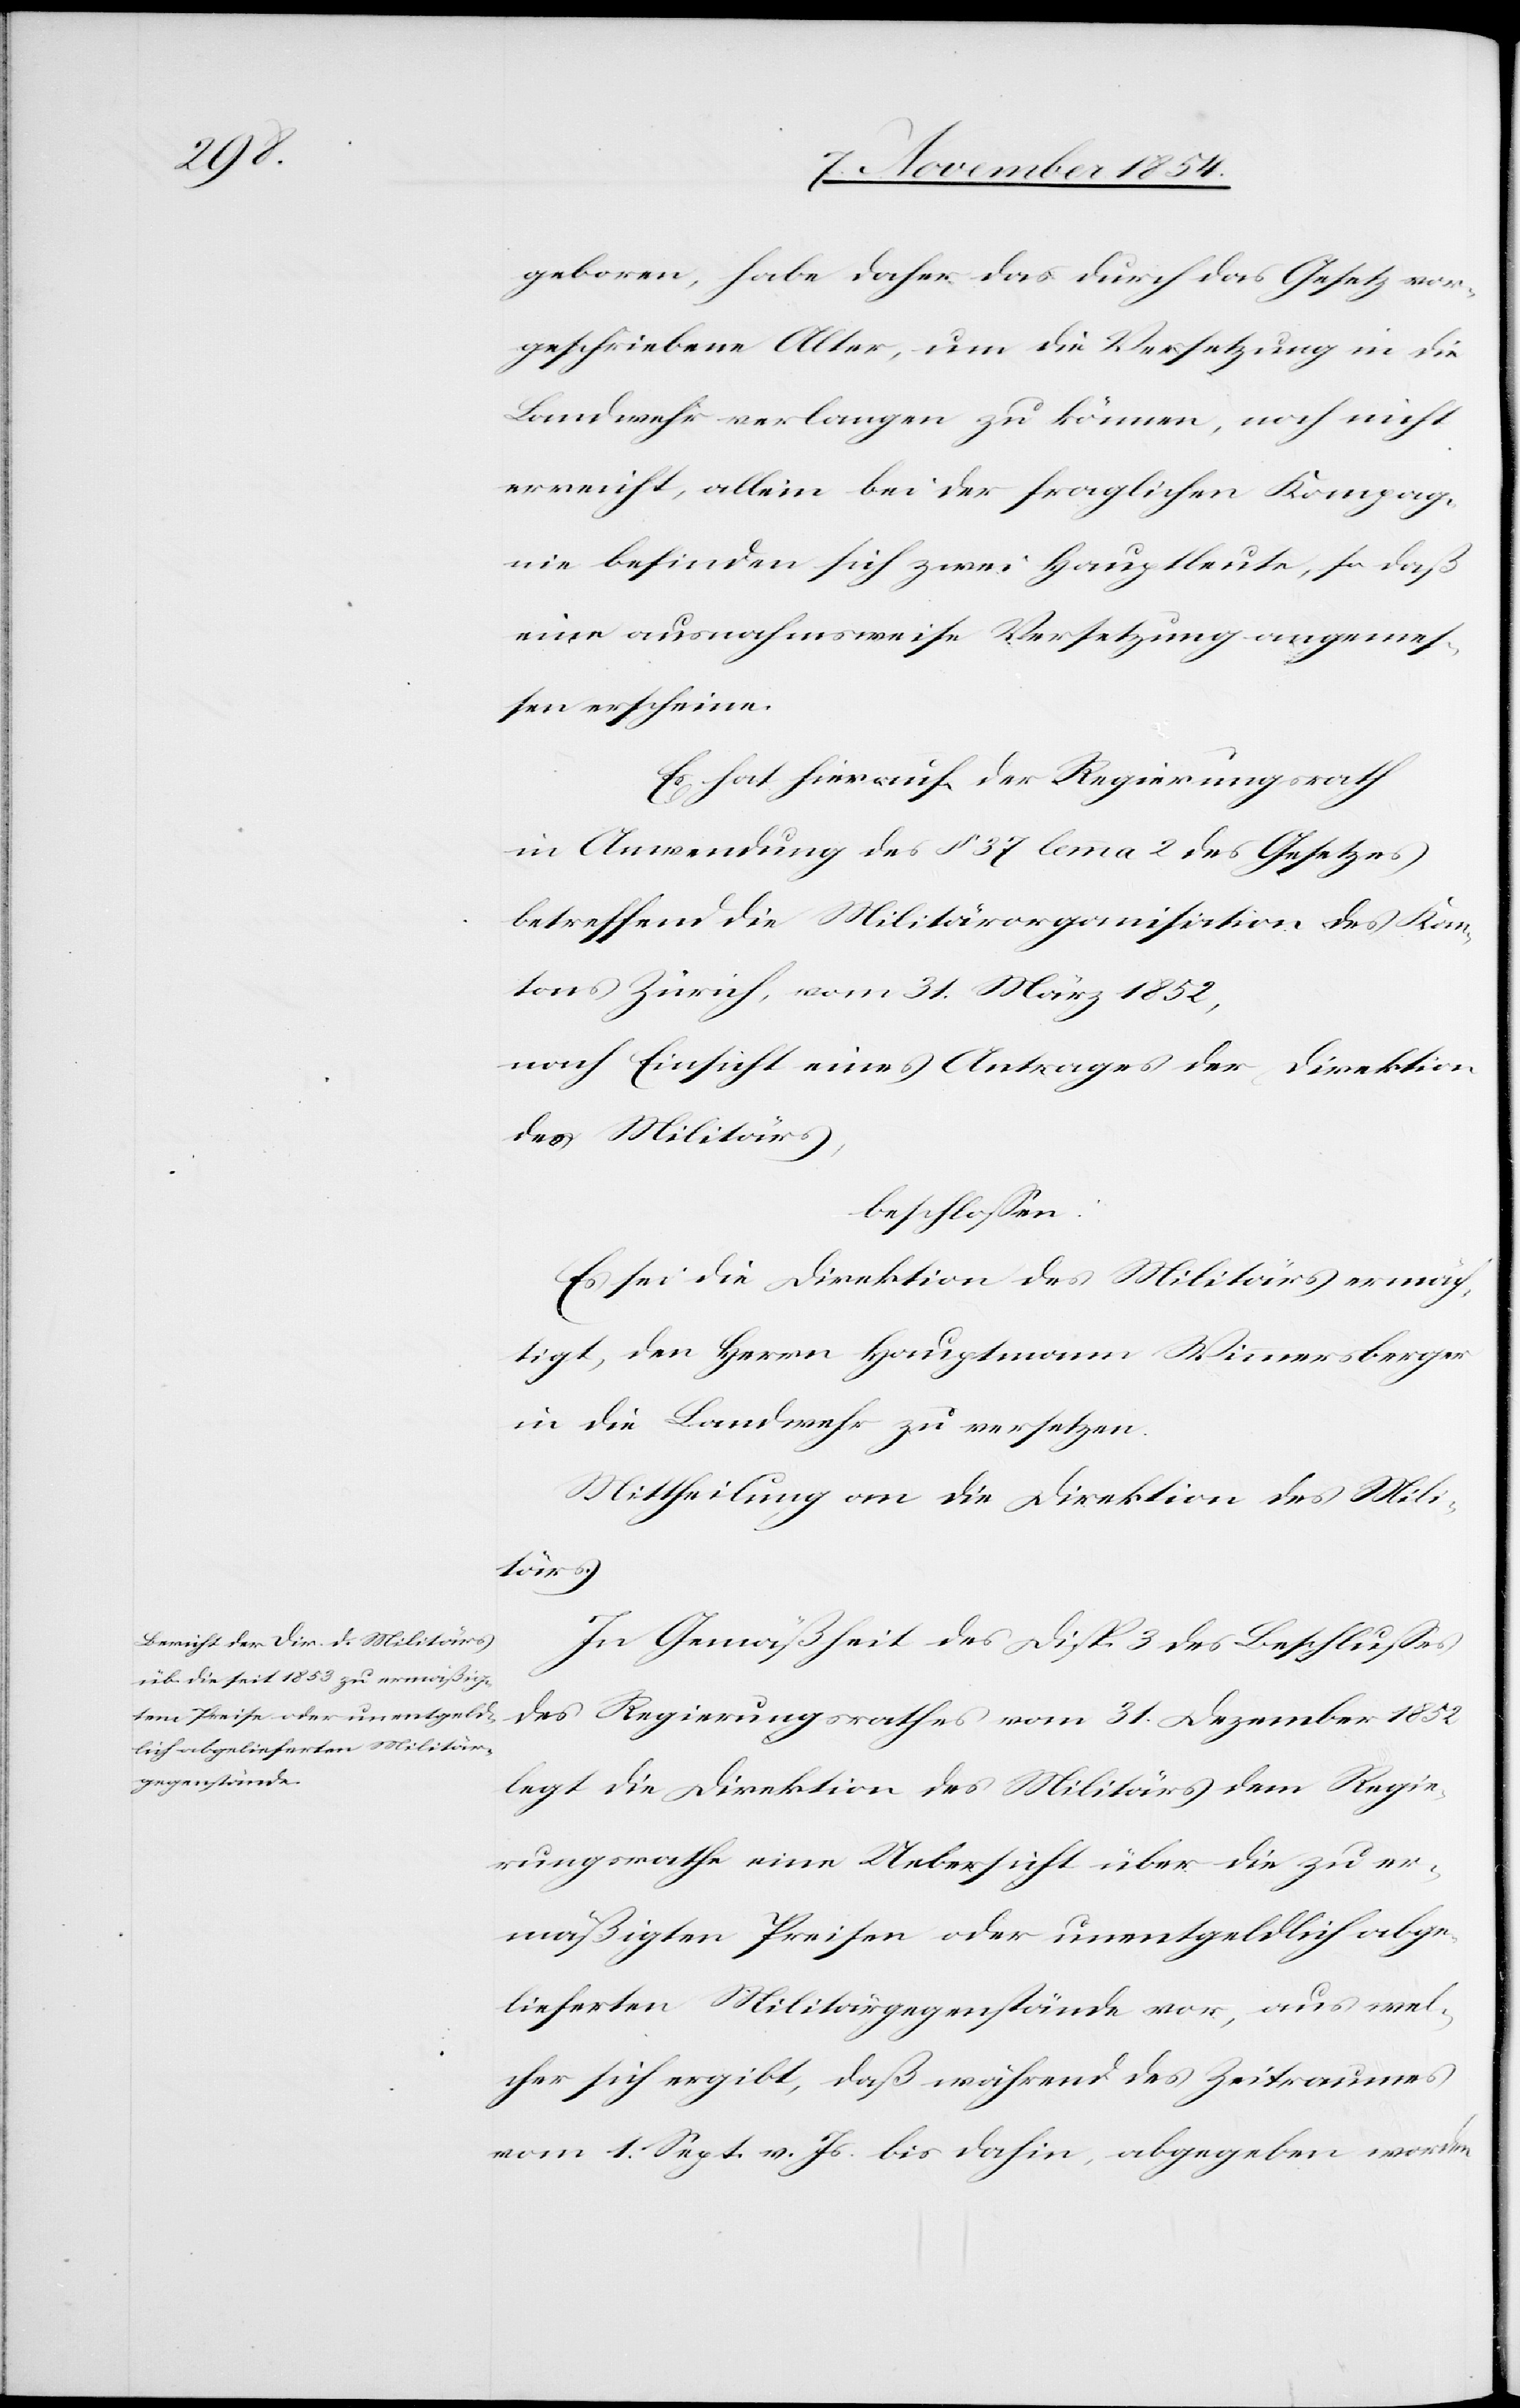
geboren, habe daher das durch das Gesetz vor¬
geschriebene Alter, um die Versetzung in die
Landwehr verlangen zu können, noch nicht
erreicht, allein bei der fraglichen Kompag¬
nie befinden sich zwei Hauptleute, so daß
eine ausnahmsweise Versetzung angemeß¬
en erscheine.
Es hat hierauf der Regierungsrath
in Anwendung des § 37 lemma 2 des Gesetzes
betreffend die Militärorganisation des Kan¬
tons Zürich, vom 31. März 1852,
nach Einsicht eines Antrages der Direktion
des Militärs,
beschloßen:
Es sei die Direktion des Militärs ermäch¬
tigt, den Herrn Hauptmann Wimmersberger
in die Landwehr zu versetzen.
Mittheilung an die Direktion des Mili¬
tärs.
In Gemäßheit des Disp. 3 des Beschlußes
des Regierungsrathes vom 31. Dezember 1852
legt die Direktion des Militärs dem Regie¬
rungsrathe eine Uebersicht über die zu er¬
mäßigten Preisen oder unentgeldlich abge¬
lieferten Militärgegenstände vor, aus wel¬
cher sich ergibt, daß während des Zeitraumes
vom 1. Sept. v. Js. bis dahin, abgegeben worden